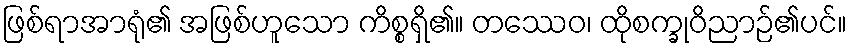
ဖြစ်ရာအာရုံ၏ အဖြစ်ဟူသော ကိစ္စရှိ၏။ တဿေဝ၊ ထိုစက္ခုဝိညာဉ်၏ပင်။